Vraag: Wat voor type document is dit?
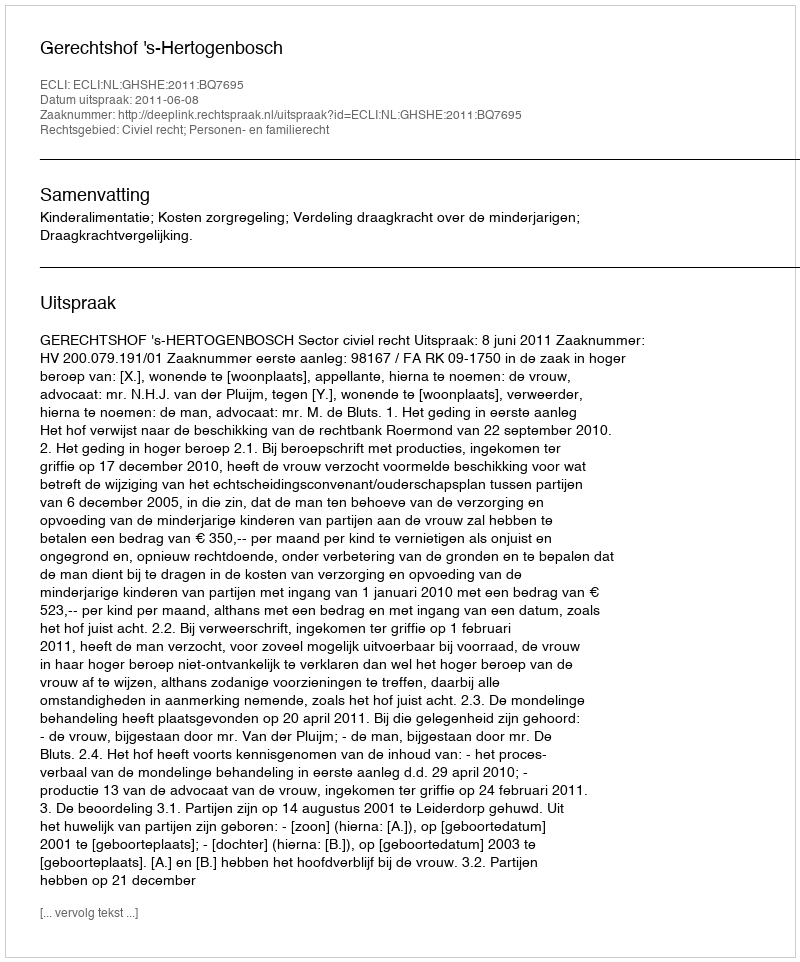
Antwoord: Uitspraak